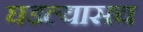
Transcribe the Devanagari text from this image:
घडल्यासच